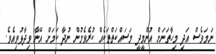
ނަމަވެސް އަދި މިހާތަނަށް އުންމީދީ މަސައްކަތްތަކެއް ކުރެވެމުން ނުދާ ކަމަށް އޭނާ ވިދާޅުވިއެވެ.